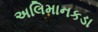
અલિમાનકડા